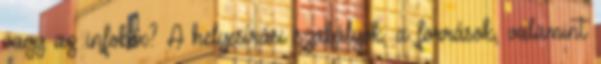
vagy az infobox? A helyesírási szabályok, a források, valamint